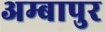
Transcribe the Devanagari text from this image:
अम्बापुर